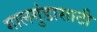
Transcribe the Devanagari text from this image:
गालगुंडासाठी